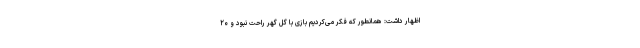
اظهار داشت: همانطور که فکر می‌کردیم بازی با گل گهر راحت نبود و ۲۰